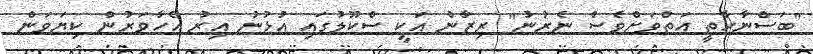
"ބަސްނާހާތީ އަތްވަށްވެސް ނެރުނު" ރިޒާން އަކީ ސްކޫލުގައި އުޅުނު އިރު އެހާވަރުން ކިޔަވަން